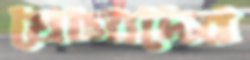
যোগ্যদের